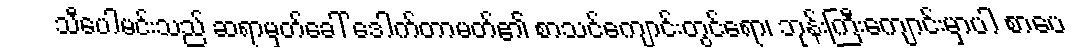
သီပေါမင်းသည် ဆရာမှတ်ခေါ် ဒေါက်တာမတ်၏ စာသင်ကျောင်းတွင်ရော၊ ဘုန်းကြီးကျောင်းမှာပါ စာပေ